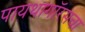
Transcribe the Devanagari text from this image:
पायथागॉरसचा